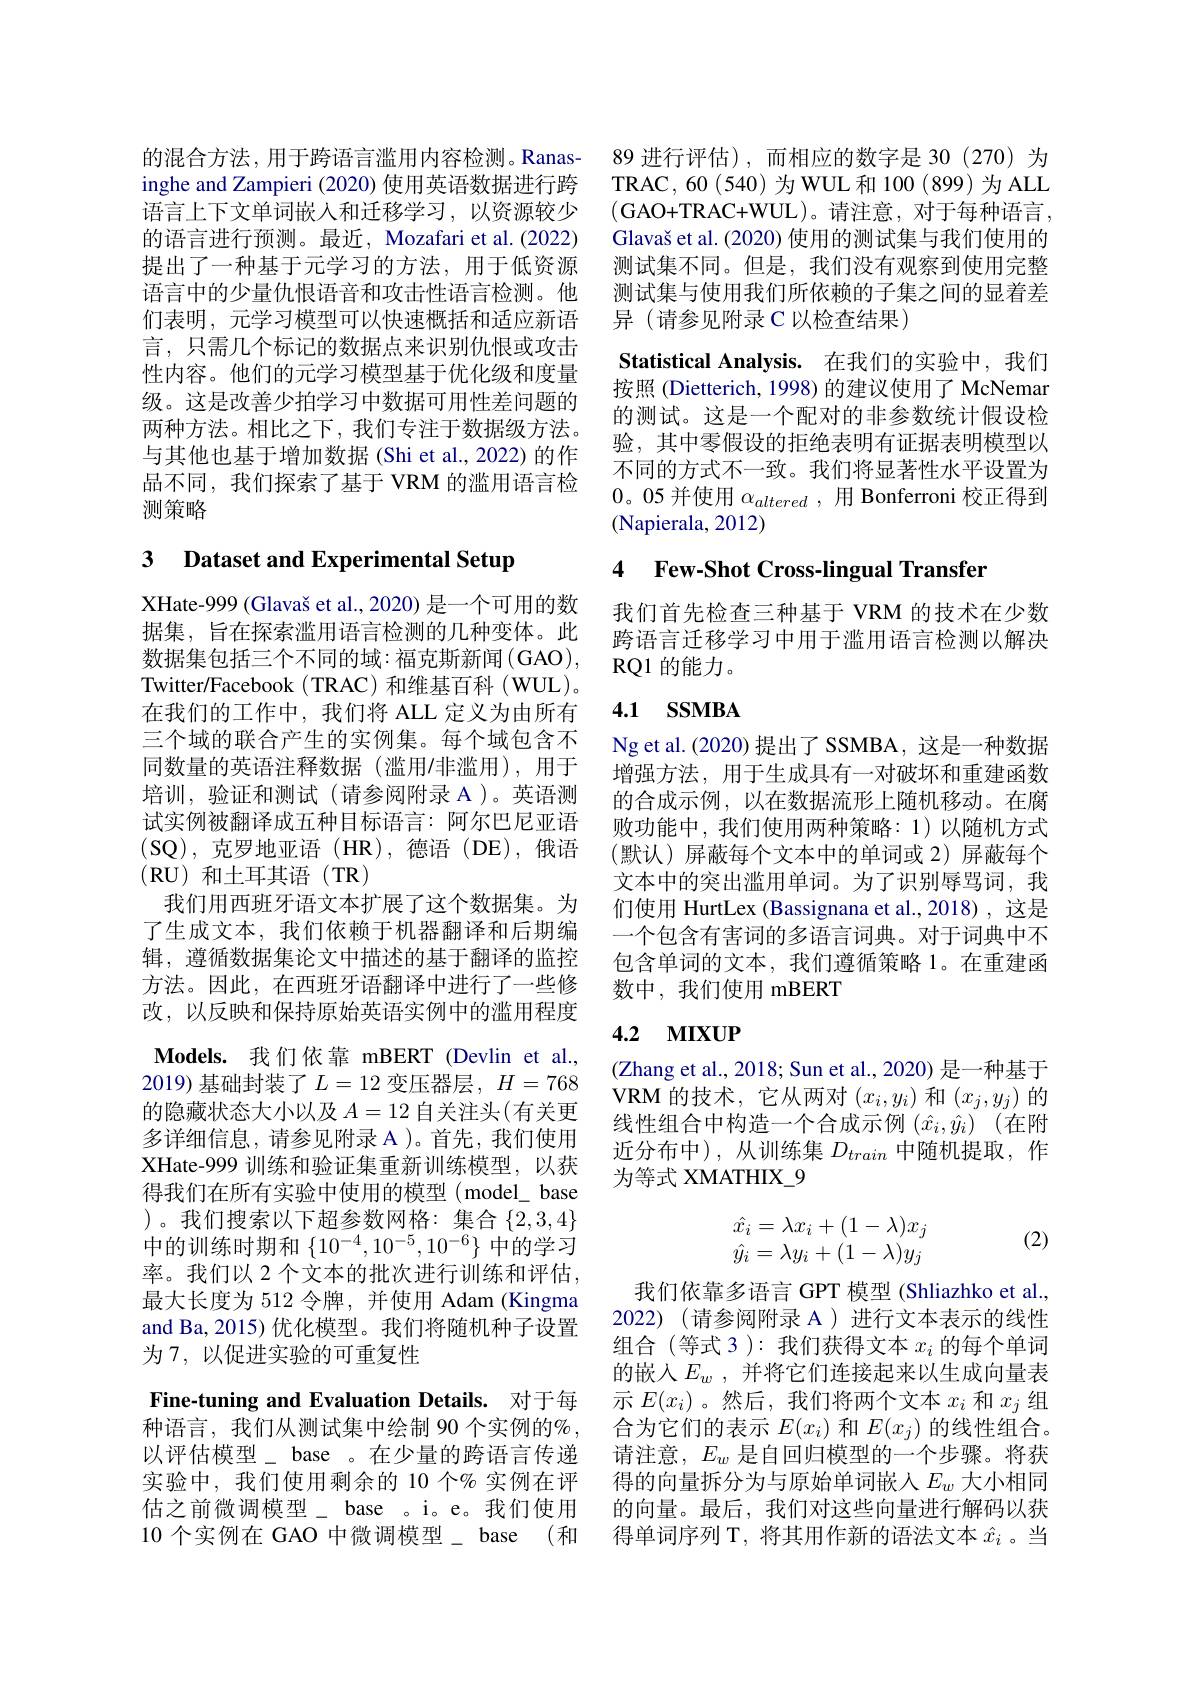
的混合方法，用于跨语言滥用内容检测。Ranasinghe and Zampieri (2020)使用英语数据进行跨语言上下文单词嵌入和迁移学习，以资源较少的语言进行预测。最近，Mozafari et al. (2022) 提出了一种基于元学习的方法，用于低资源语言中的少量仇恨语音和攻击性语言检测。他们表明，元学习模型可以快速概括和适应新语言，只需几个标记的数据点来识别仇恨或攻击性内容。他们的元学习模型基于优化级和度量级。这是改善少拍学习中数据可用性差问题的两种方法。相比之下，我们专注于数据级方法。与其他也基于增加数据(Shi et al., 2022) 的作品不同，我们探索了基于 VRM 的滥用语言检测策略

## 3 Dataset and Experimental Setup

XHate-999(Glavaš et al., 2020) 是一个可用的数据集，旨在探索滥用语言检测的几种变体。此数据集包括三个不同的域：福克斯新闻(GAO), Twitter/Facebook(TRAC)和维基百科(WUL)。在我们的工作中，我们将 ALL 定义为由所有三个域的联合产生的实例集。每个域包含不同数量的英语注释数据(滥用/非滥用),用于培训，验证和测试(请参阅附录 A)。英语测试实例被翻译成五种目标语言：阿尔巴尼亚语$$($SQ),克罗地亚语(HR),德语(DE),俄语$ (RU)和土耳其语(TR)
我们用西班牙语文本扩展了这个数据集。为了生成文本，我们依赖于机器翻译和后期编辑，遵循数据集论文中描述的基于翻译的监控方法。因此，在西班牙语翻译中进行了一些修改，以反映和保持原始英语实例中的滥用程度$\textbf{Models. 我 们 依 靠 mBERT}($Devlin et al., 2019) 基础封装了$L=12$变压器层$,H=768$ 的隐藏状态大小以及$A=12$自关注头(有关更多详细信息，请参见附录 A )。首先，我们使用XHate-999 训练和验证集重新训练模型，以获得我们在所有实验中使用的模型 (model\_base )。我们搜索以下超参数网格：集合$\{2,3,4\}$ 中的训练时期和$\left\{10^{-4},10^{-5},10^{-6}\right\}$中的学习率。我们以 2 个文本的批次进行训练和评估最大长度为 512 令牌，并使用 Adam (Kingma and Ba, 2015) 优化模型。我们将随机种子设置为 7, 以促进实验的可重复性
Fine-tuning and Evaluation Details. 对于每种语言，我们从测试集中绘制 90 个实例的% ,

89 进行评估),而相应的数字是 30(270)为TRAC,60(540)为WUL和100(899)为ALL (GAO+TRAC+WUL)。请注意，对于每种语言， Glavaš et al. (2020) 使用的测试集与我们使用的测试集不同。但是，我们没有观察到使用完整测试集与使用我们所依赖的子集之间的显着差异 (请参见附录 C 以检查结果)

Statistical Analysis. 在我们的实验中，我们按照 (Dietterich, 1998) 的建议使用了 McNemar 的测试。这是一个配对的非参数统计假设检验，其中零假设的拒绝表明有证据表明模型以不同的方式不一致。我们将显著性水平设置为0。05 并使用$\alpha_{altered}$,用 Bonferroni 校正得到(Napierala, 2012)

### 4 Few-Shot Cross-lingual Transfer

我们首先检查三种基于 VRM 的技术在少数跨语言迁移学习中用于滥用语言检测以解决RQ1的能力。

## 4.1 SSMBA

Ng et al. (2020) 提出了 SSMBA, 这是一种数据增强方法，用于生成具有一对破坏和重建函数的合成示例，以在数据流形上随机移动。在腐败功能中，我们使用两种策略：1)以随机方式(默认)屏蔽每个文本中的单词或 2)屏蔽每个文本中的突出滥用单词。为了识别辱骂词，我们使用 HurtLex (Bassignana et al.,2018) , 这是一个包含有害词的多语言词典。对于词典中不包含单词的文本，我们遵循策略 1。在重建函数中，我们使用 mBERT

# 4.2 мпх$\mathbf{UP}$

(Zhang et al., 2018; Sun et al., 2020) 是一种基于VRM 的技术，它从两对$(x_i,y_i)$和$(x_j,y_j)$的线性组合中构造一个合成示例 $( \hat{x} _i, \hat{y} _i)$ (在附近分布中),从训练集$D_train$中随机提取，作为等式 XMATHIX\_9
$$\begin{array}{l}\hat{x_i}=\lambda x_i+(1-\lambda)x_j\\\hat{y_i}=\lambda y_i+(1-\lambda)y_j\end{array}$$
(2)

我们依靠多语言 GPT 模型 (Shliazhko et al., 2022)(请参阅附录 A)进行文本表示的线性组合(等式 3 ): 我们获得文本$x_i$的每个单词的嵌入$E_w$,并将它们连接起来以生成向量表示$E(x_i)$ 。然后，我们将两个文本$x_i$和$x_j$组合为它们的表示$E(x_i)$和$E(x_j)$的线性组合。
以评估模型\_ base 。在少量的跨语言传递 请注意，$E_w$是自回归模型的一个步骤。将获实验中，我们使用剩余的 10 个% 实例在评 得的向量拆分为与原始单词嵌人$E_w$大小相同估之前微调模型\_ base 。i。e。我们使用 的向量。最后，我们对这些向量进行解码以获10 个实例在 GAO 中微调模型\_ base (和 得单词序列 T, 将其用作新的语法文本$\hat{x}_i$ 。当